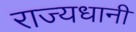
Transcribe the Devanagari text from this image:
राज्यधानी